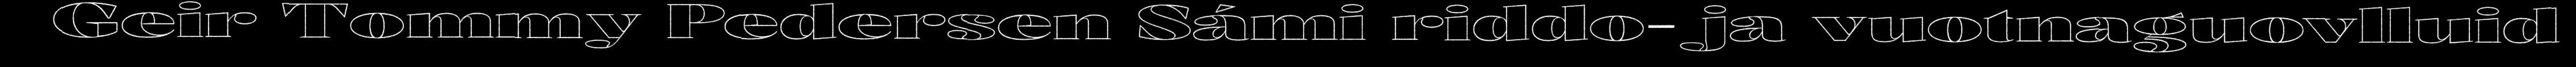
Geir Tommy Pedersen Sámi riddo- ja vuotnaguovlluid